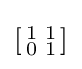
\left[{\begin{smallmatrix}1&1\\0&1\end{smallmatrix}}\right]